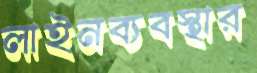
লাইনব্যবস্থার